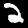
Label: 2